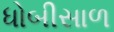
ધોબીસાળ